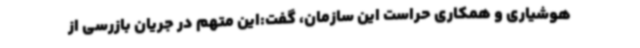
هوشیاری و همکاری حراست این سازمان، گفت:این متهم در جریان بازرسی از